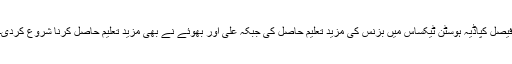
فیصل کپاڈیہ ہوسٹن ٹیکساس میں بزنس کی مزید تعلیم حاصل کی جبکہ علی اور بھوئے نے بھی مزید تعلیم حاصل کرنا شروع کردی۔